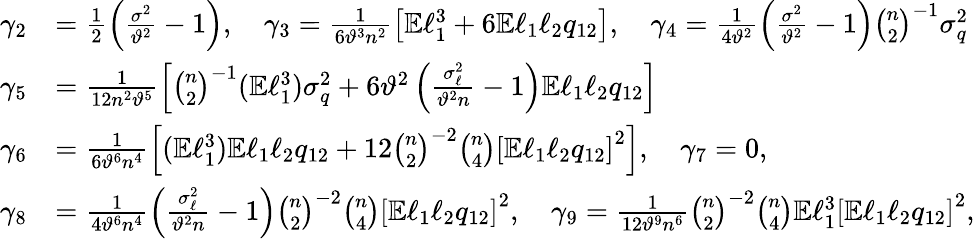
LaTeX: \begin{array}{rl}{\gamma_{2}}&{=\frac{1}{2}\left(\frac{\sigma^{2}}{\vartheta^{2}}-1\right),\quad\gamma_{3}=\frac{1}{6\vartheta^{3}n^{2}}\left[\mathbb{E}\ell_{1}^{3}+6\mathbb{E}\ell_{1}\ell_{2}q_{12}\right],\quad\gamma_{4}=\frac{1}{4\vartheta^{2}}\left(\frac{\sigma^{2}}{\vartheta^{2}}-1\right)\binom{n}{2}^{-1}\sigma_{q}^{2}}\\ {\gamma_{5}}&{=\frac{1}{12n^{2}\vartheta^{5}}\left[\binom{n}{2}^{-1}(\mathbb{E}\ell_{1}^{3})\sigma_{q}^{2}+6\vartheta^{2}\left(\frac{\sigma_{\ell}^{2}}{\vartheta^{2}n}-1\right)\mathbb{E}\ell_{1}\ell_{2}q_{12}\right]}\\ {\gamma_{6}}&{=\frac{1}{6\vartheta^{6}n^{4}}\left[(\mathbb{E}\ell_{1}^{3})\mathbb{E}\ell_{1}\ell_{2}q_{12}+12\binom{n}{2}^{-2}\binom{n}{4}\left[\mathbb{E}\ell_{1}\ell_{2}q_{12}\right]^{2}\right],\quad\gamma_{7}=0,}\\ {\gamma_{8}}&{=\frac{1}{4\vartheta^{6}n^{4}}\left(\frac{\sigma_{\ell}^{2}}{\vartheta^{2}n}-1\right)\binom{n}{2}^{-2}\binom{n}{4}\left[\mathbb{E}\ell_{1}\ell_{2}q_{12}\right]^{2},\quad\gamma_{9}=\frac{1}{12\vartheta^{9}n^{6}}\binom{n}{2}^{-2}\binom{n}{4}\mathbb{E}\ell_{1}^{3}\left[\mathbb{E}\ell_{1}\ell_{2}q_{12}\right]^{2},}\end{array}